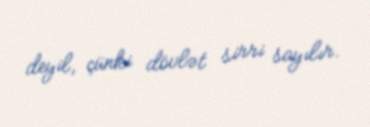
deyil, çünki dövlət sirri sayılır.